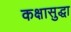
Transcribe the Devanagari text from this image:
कक्षासुद्धा